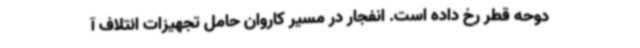
دوحه قطر رخ داده است. انفجار در مسیر کاروان حامل تجهیزات ائتلاف آ